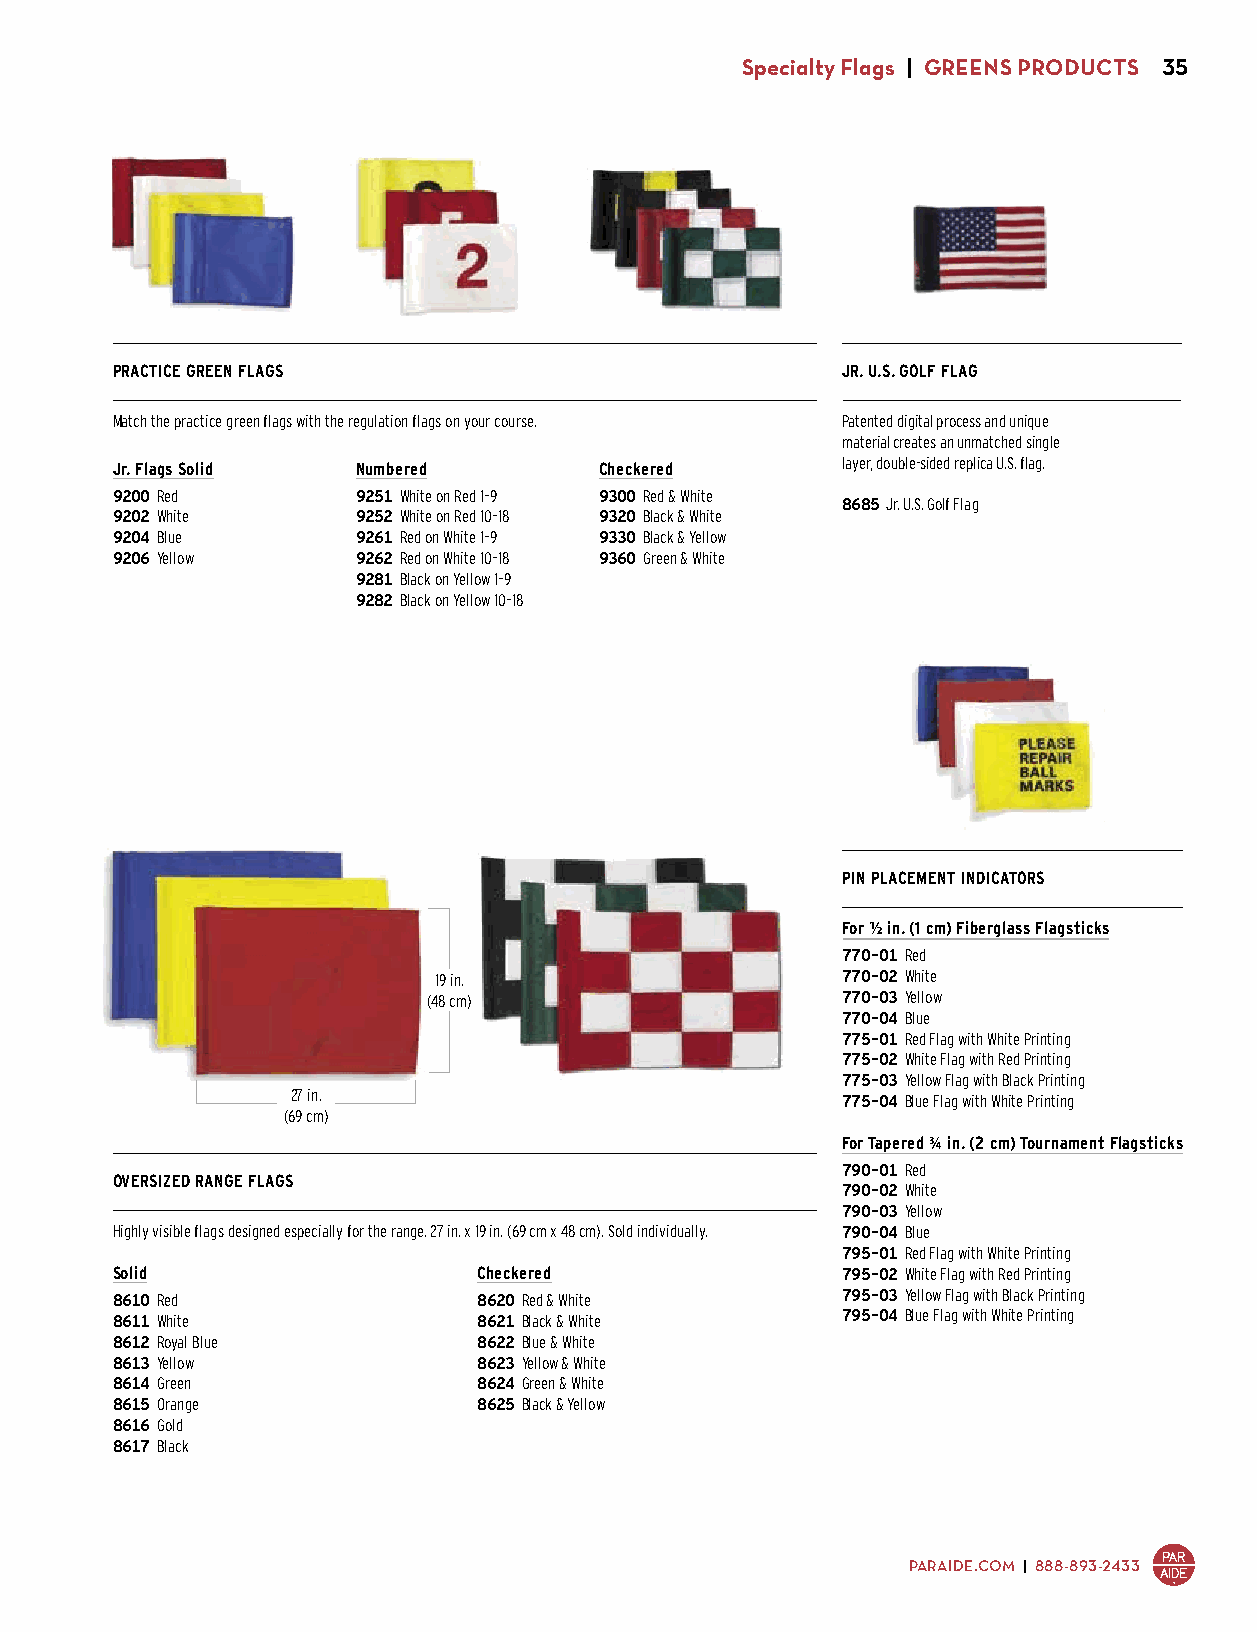
Specialty Flags | GREENS PRODUCTS 35
 PRACTICE GREEN FLAGS                             JR. U.S. GOLF FLAG
 Match the practice green flags with the regulation flags on your course. Patented digital process and unique
 material creates an unmatched single
 Jr. Flags Solid  Numbered        Checkered       layer, double-sided replica U.S. flag.
 9200 Red         9251 White on Red 1–9 9300 Red & White
 8685 Jr. U.S. Golf Flag
 9202 White       9252 White on Red 10–18 9320 Black & White
 $24.00 ea.
 9204 Blue        9261 Red on White 1–9 9330 Black & Yellow
 9206 Yellow      9262 Red on White 10–18 9360 Green & White
 $49.00 Solid (Set of 9) 9281 Black on Yellow 1–9 $110.00 Checkered (Set of 9)
 9282 Black on Yellow 10–18
 $61.00 Numbered (Set of 9)
 PIN PLACEMENT INDICATORS
 For 1/2 in. (1 cm) Fiberglass Flagsticks
 770-01 Red
 19 in.                     770-02 White
 (48 cm)                     770-03 Yellow
 770-04 Blue
 775-01 Red Flag with White Printing
 775-02 White Flag with Red Printing
 775-03 Yellow Flag with Black Printing
 27 in.                               775-04 Blue Flag with White Printing
 (69 cm)
 For Tapered 3/4 in. (2 cm) Tournament Flagsticks
 790-01 Red
 OVERSIZED RANGE FLAGS
 790-02 White
 790-03 Yellow
 Highly visible flags designed especially for the range. 27 in. x 19 in. (69 cm x 48 cm). Sold individually. 790-04 Blue
 795-01 Red Flag with White Printing
 Solid                    Checkered               795-02 White Flag with Red Printing
 8610 Red                 8620 Red & White        795-03 Yellow Flag with Black Printing
 8611 White               8621 Black & White      795-04 Blue Flag with White Printing
 8612 Royal Blue          8622 Blue & White       $45.00 Solid Colors (Set of 9)
 8613 Yellow              8623 Yellow & White     $49.50 Screen-Printed (Set of 9)
 8614 Green               8624 Green & White
 8615 Orange              8625 Black & Yellow
 8616 Gold                $32.00
 8617 Black
 $22.50
 PARAIDE.COM | 888-893-2433